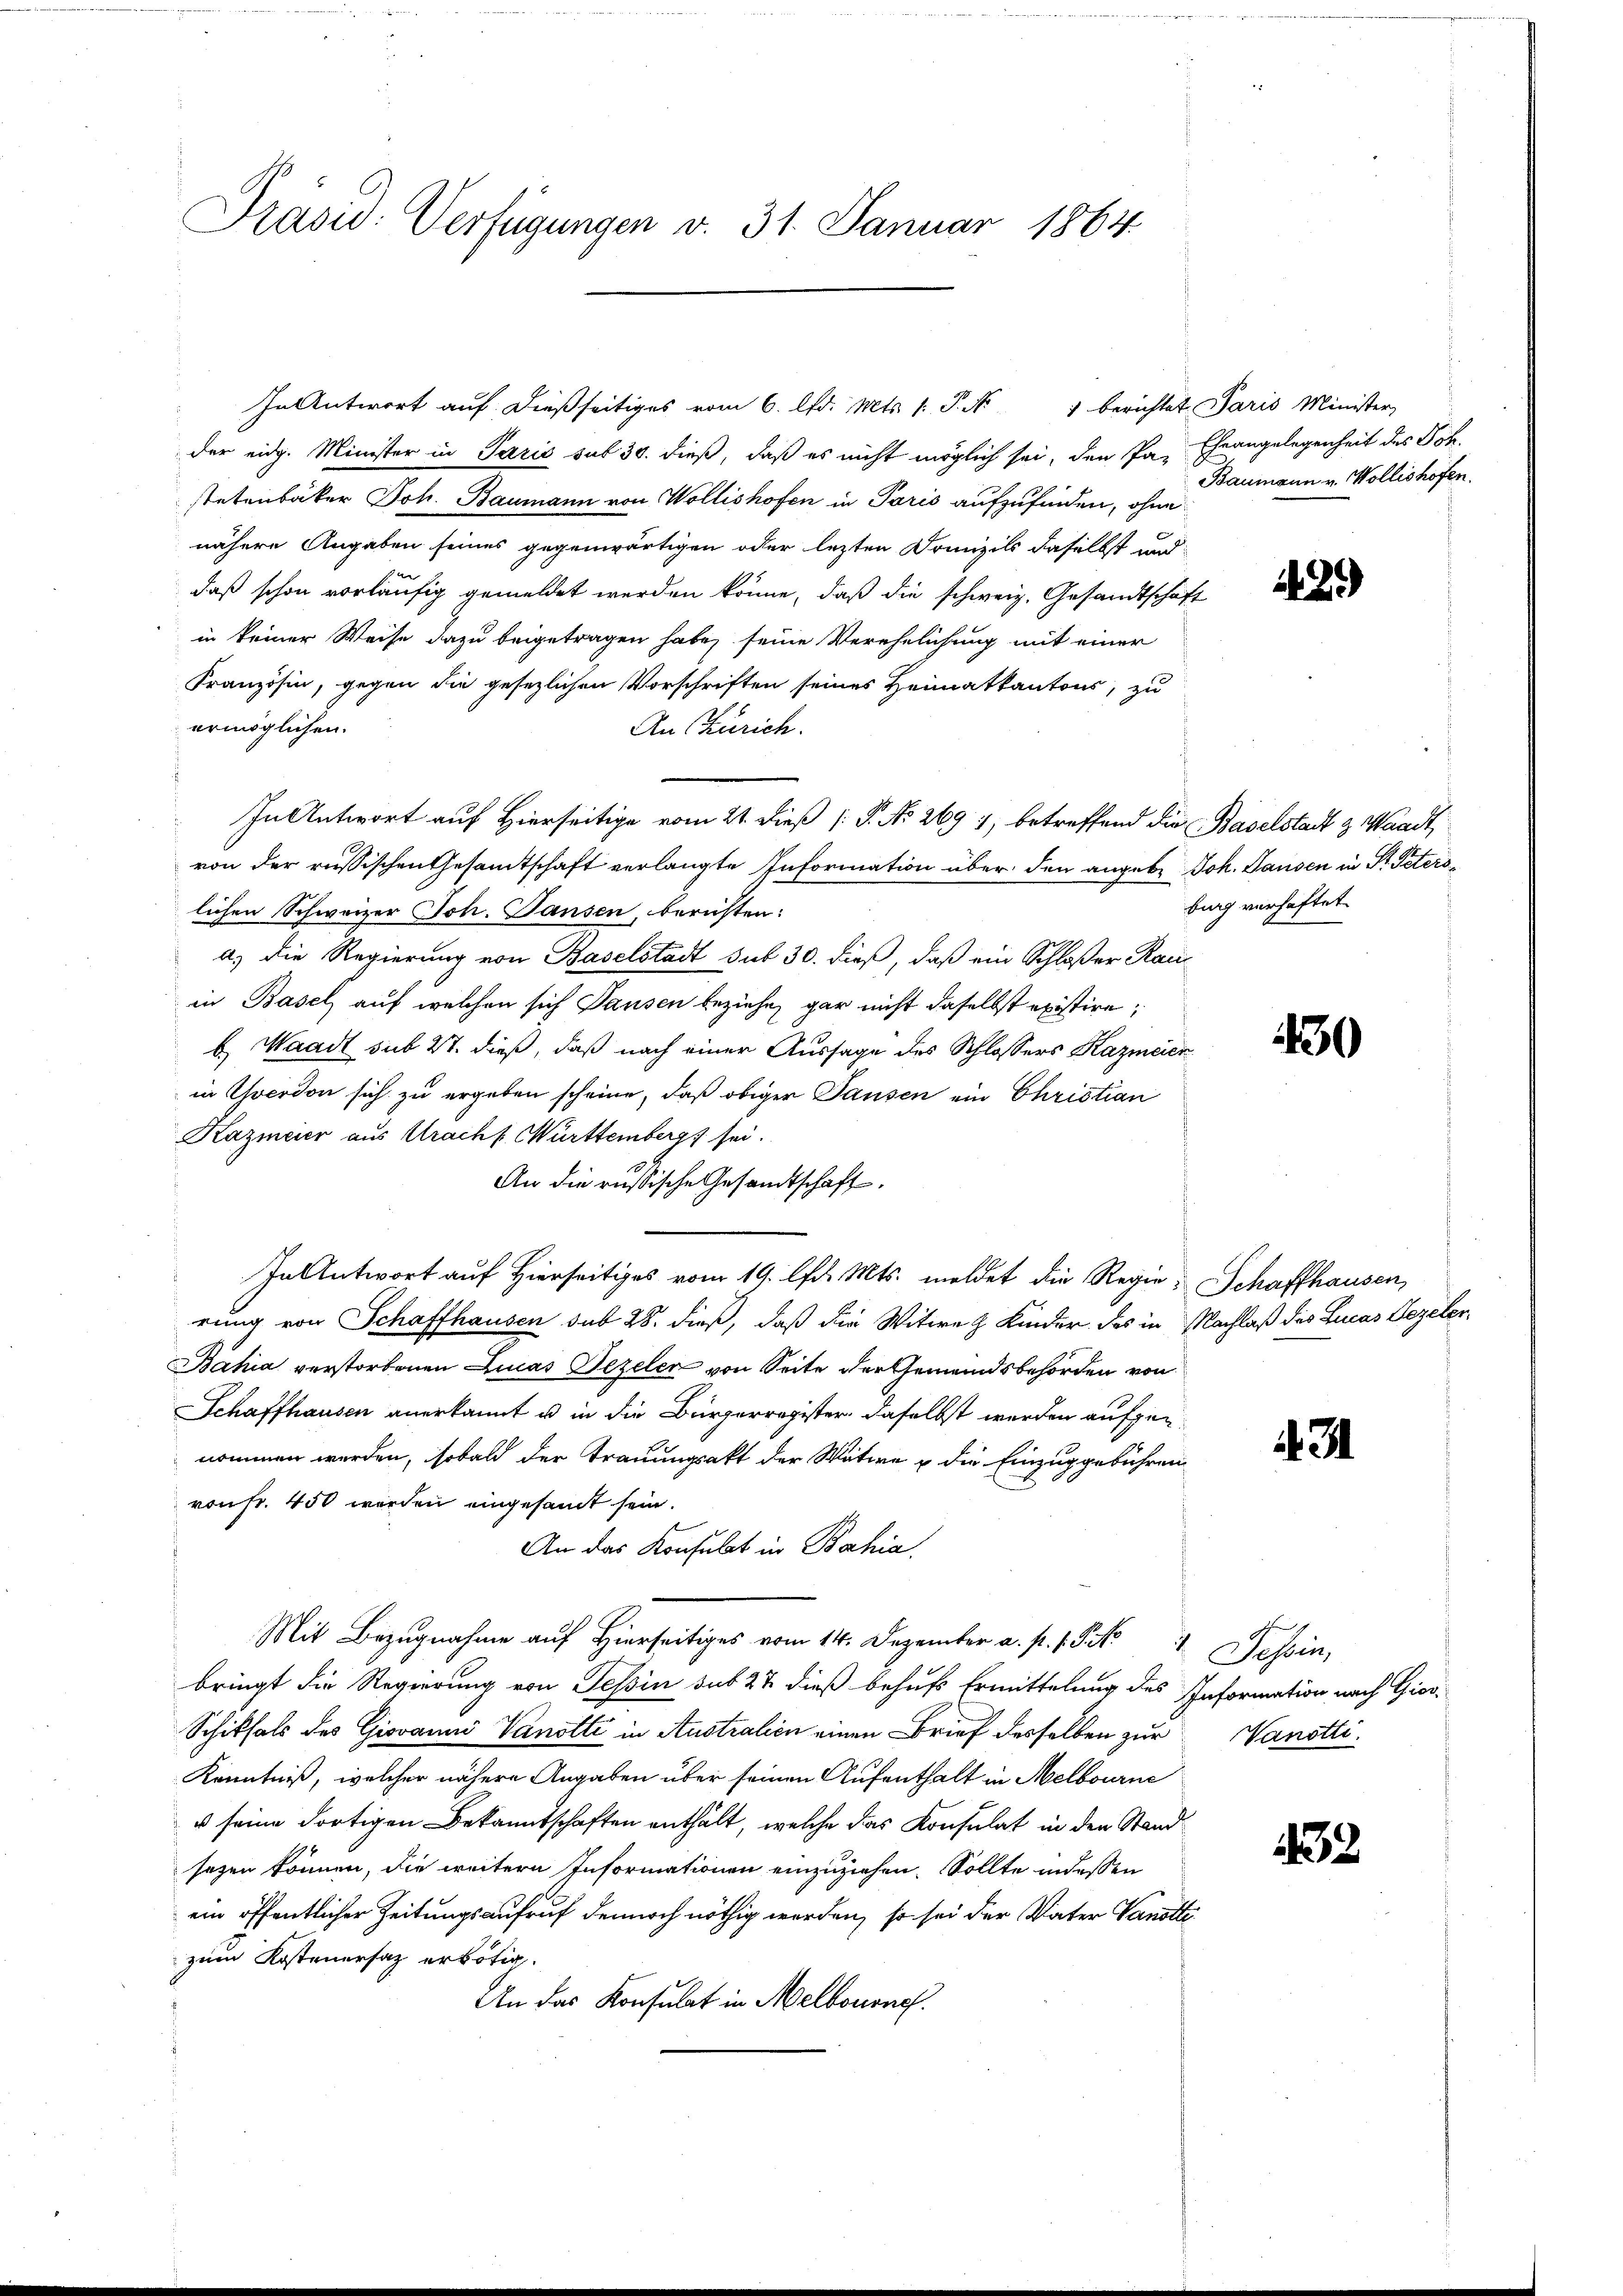
Präsid. Verfügungen v. 31. Januar 1864

In Antwort auf dießseitiges vom 6. d. Mts. s. S. N 1 berichtet Paris Minister,
der eidg. Minister in Paris sub 30. dieß, daß es nicht möglich sei, den Pa-
stetenbaker Joh. Baumann von Wollishofen in Paris aufzufinden, ohne
nähere Angaben seines gegenwärtigen oder lezten Drunzils daselbst und
daß schon vorläufig gemeldet werden könne, daß die schweiz. Gesandtschaft
in keiner Weise dazu beigetragen habe, seine Verehelichung mit einer
Französin, gegen die gesezlichen Vorschriften seines Heimatkantons, zu
ermöglichen.
An Zürich.
In Antwort auf Hierseitige vom 21. dieß [P. No. 269 1, betreffend die Baselstadt & Waadt
von der russischen Gesamtschaft verlangte Information über den angebe Joh. Tausen in St. Peterslichen Schweizer Joh. Jansen, berichten:
a) die Regierung von Baselstadt sub 30. dieß, daß ein Schloßer Rauin Basel auf welchen sich Pausen beziehe, gar nicht daselbst existire,
b.) Waadt sub 27. dieß, daß nach einer Aussage des Schlossers Kazmeier
in Yverdon sich zu ergeben scheine, daß obiger Tausen ein Christian
Kazmeier aus Kracht. Württemberg sei.
An die russische Gesandtschaft.
In Antwort auf Hierseits vom 19. d. Mts. meldet die Regie Schaffhausen,
rung von Schaffhausen sub 28. dieß, daß die Witwe h Kinder des in Nachlaß des Lucas Bezeler,
Bahia verstorbenen Linas Dezelen von Seite der Gemeindsbehörden von
Schaffhausen anerkannt u in die Bürgerregister daselbst werden aufgenommen werden, sobald der Trauungsakt der Wative u die Einzug gebühren
von Fr. 450 werden eingesamt sein.
An das Konsulat in Bahia
Mit Bezugnahme auf Hierseitiges vom 14. Dezember a. p. 1. Frk. 1 Tessin,
bringt die Regierung von Tessin sub 27 dieß behufs Ermittelung des Information nach Gies¬
Schiksals des Giovanni Vanotti in Australien einen Brief desselben zur Wandtli¬
Kenntniß, welcher nähere Angaben über seinen Aufenthalt in Melbourne
u seine dortigen Bekanntschaften enthält, welche das Konsulat in den Stand
sezen können, die weitern Informationen einzuziehen. Sollte indessen
ein öffentlicher Zeitungsaufruf dennoch nöthig werden, so sei der Vater Vanottzum Kostenersaz erbötig.
An das Konsulat in Melbourne

Ehrangelegenheit des Joh.
Baumann v. Wollishofen.

442.

burg verhaftet

430

431

232